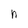
Character: n